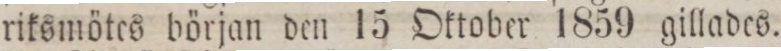
riksmötes början den 15 Oktober 1859 gillades.